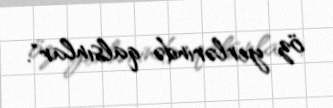
öz yerlərində qalsınlar".